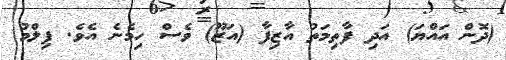
(ދޮން އައްޔަ) އަދި ފާތިމަތު އާޒިފާ (އަޒޫ) ވެސް ހިމެނެ އެވެ. ފިލްމު